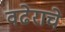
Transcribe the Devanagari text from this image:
वढेराचे